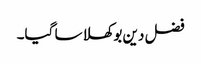
فضل دین بوکھلا سا گیا۔